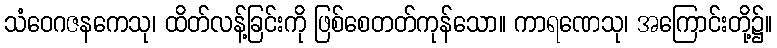
သံဝေဂဇနကေသု၊ ထိတ်လန့်ခြင်းကို ဖြစ်စေတတ်ကုန်သော။ ကာရဏေသု၊ အကြောင်းတို့၌။